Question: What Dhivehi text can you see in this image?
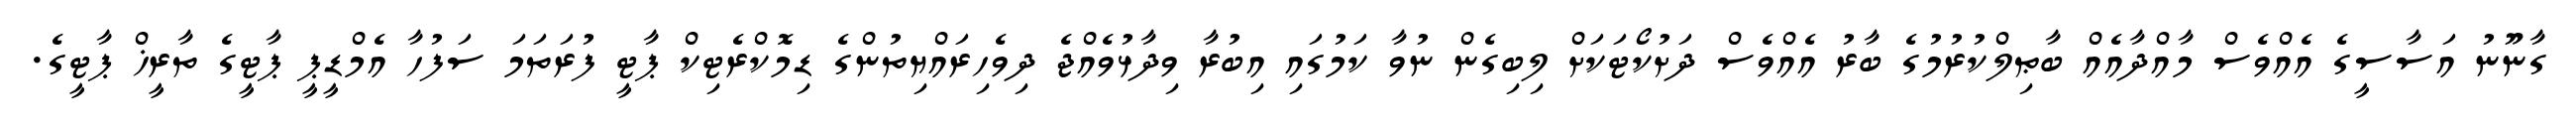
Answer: ގާނޫނު އަސާސީގެ އެއްވެސް މާއްދާއެއް ބާޠިލްކުރުމުގެ ބާރު އެއްވެސް ދަށުކޯޓަކަށް ލިބިގެން ނުވާ ކަމުގައި އިބުރާ ވިދާޅުވެއްޖެ ދިވެހިރައްޔިތުންގެ ޑިމޮކްރެޓިކް ޕާޓީ ފުރަތަމަ ސަފުހާ އެމްޑީޕީ ޕާޓީގެ ތާރީޚް ޕާޓީގެ.